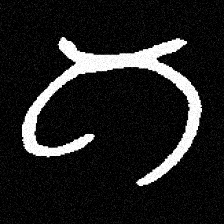
Pyu character \u2014 Myanmar letter: ဂ (romanized: ga)